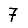
Digit: 7